King Institute of Preventive Medicine Bacteriolog. Section reports 1907-08
Year: 1907
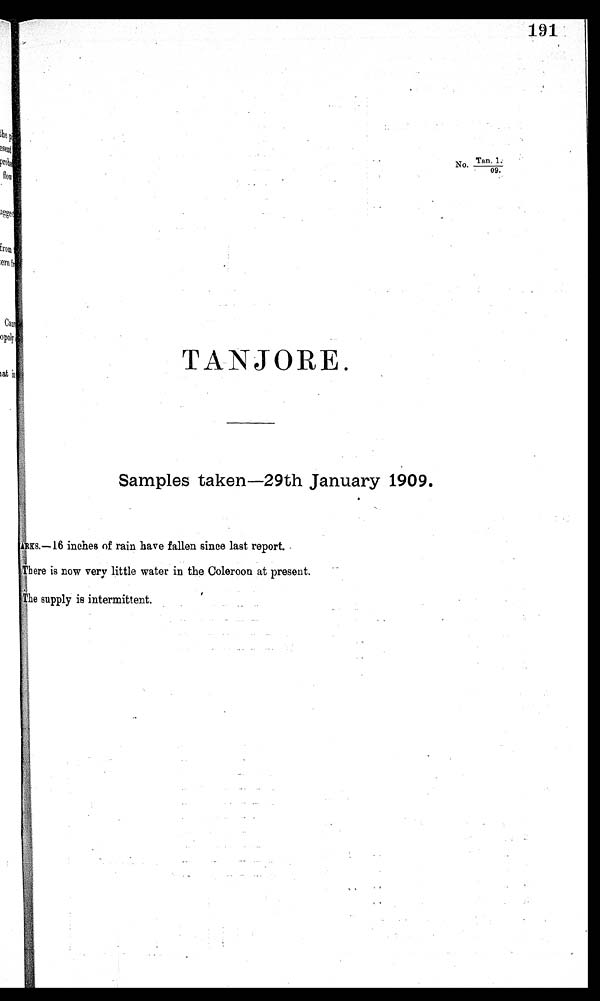
191
No. Tan . 1.
TANJORE.
Samples taken—29th January 1909.
ARKS.—16 inches of rain have fallen since last report.
There is now very little water in the Coleroon at present.
The supply is intermittent.